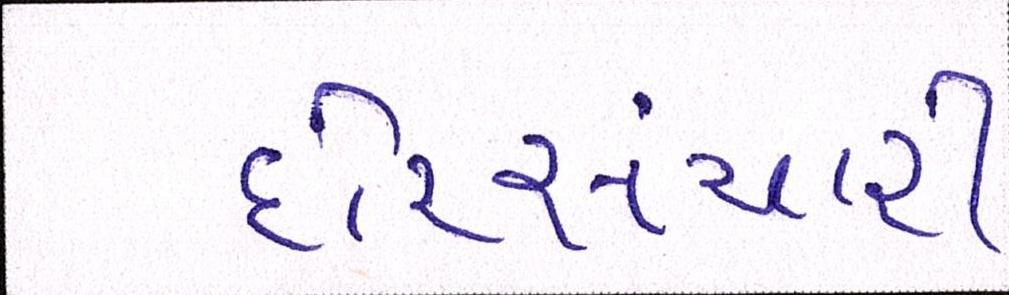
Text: દોરીસંચાર